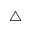
\bigtriangleup